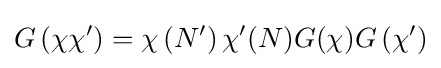
G\left(\chi \chi ^{\prime }\right)=\chi \left(N^{\prime }\right)\chi ^{\prime }(N)G(\chi )G\left(\chi ^{\prime }\right)